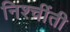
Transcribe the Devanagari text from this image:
निश्चींती